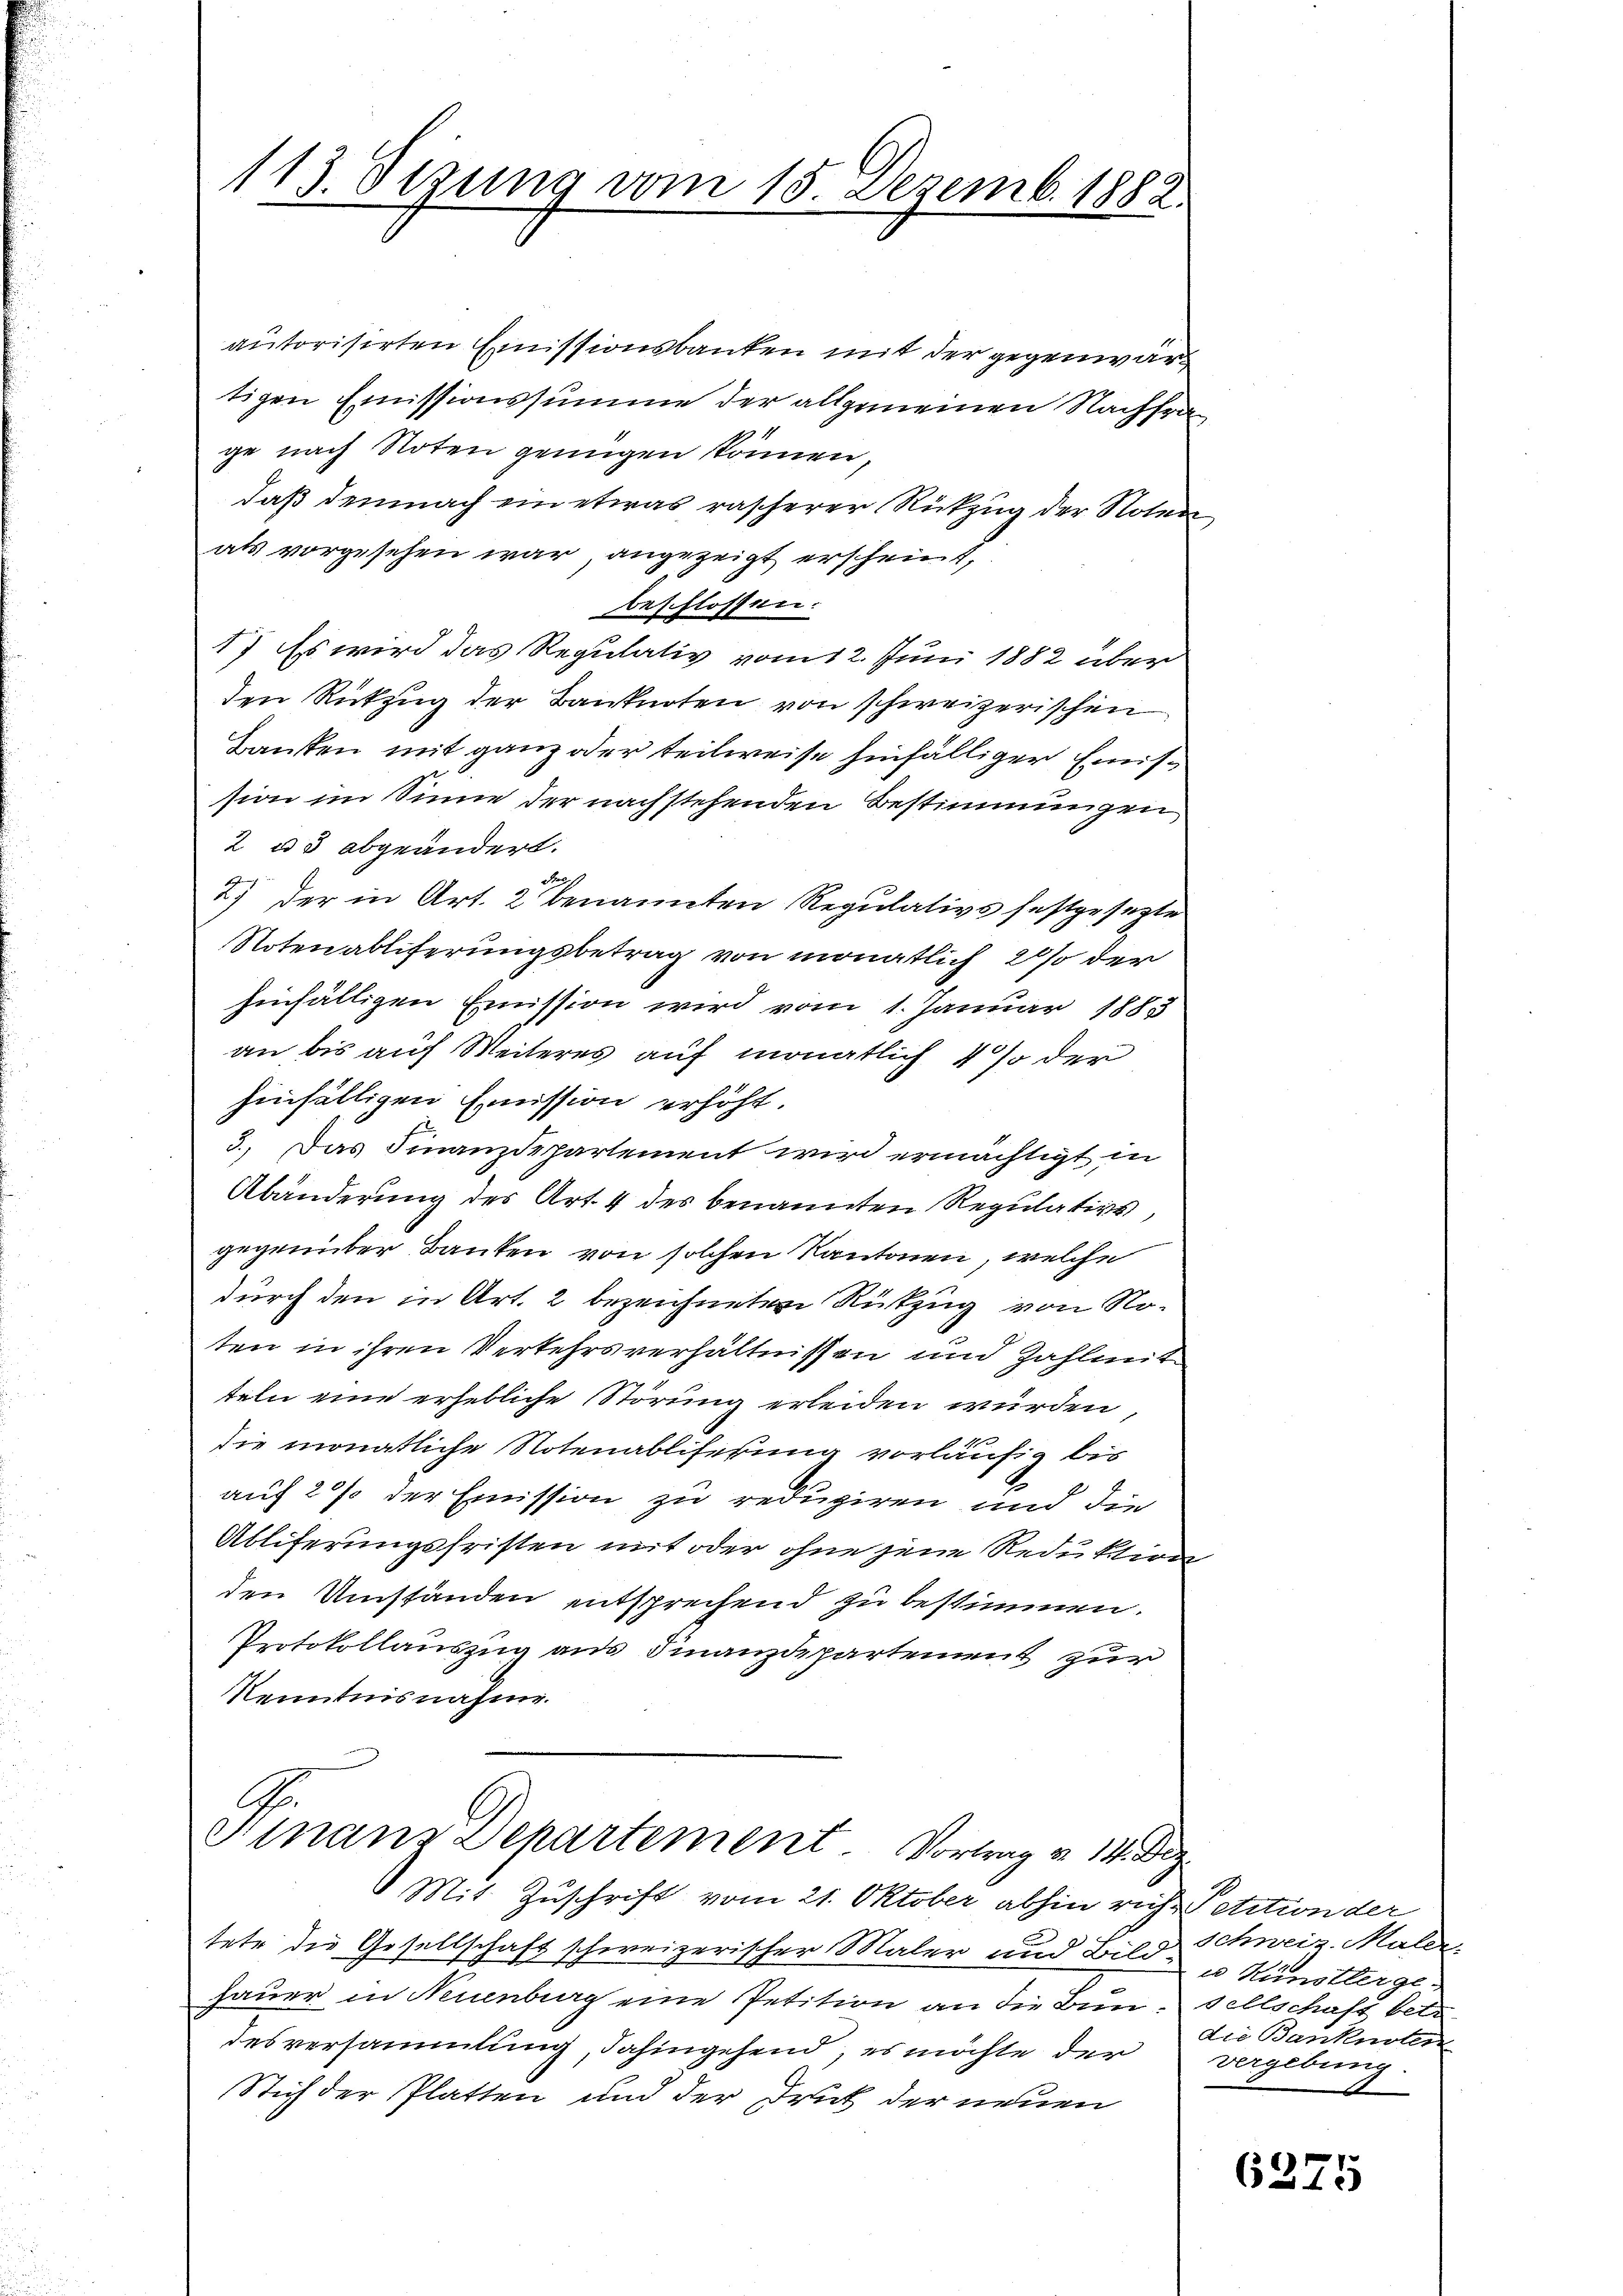
113. Sezung vom 15. Dezemb. 1882.

autorisirten Emissionsbanken mit der gegenwärtigen Emissionssumme der allgemeinen Nachfrage nach Noten genügen können,
daß demnach ein etwas rascherer Rückzug der Noten,
als vorgesehen war, angezeigt erscheint,
beschlossen:
1) Es wird das Regulativ vom 12. Juni 1882 über
den Rückzug der Banknoten von schweizerischen
Danken mit ganz oder teilweise hinfälliger Emission im Sinne der nachstehenden Bestimmungen
2 u 3 abgeändert.
S 1
2) der in Art. 2 benannten Regulativs festgesezte
Notenabliferungsbetrag von monatlich 20% der
hinfälligen Emission wird vom 1. Januar 1883
an bis auf Weiteres auf monatlich 4 % der
hinfälligen Emission erhöht.
3.. Das Finanzdepartement wird ermächtigt in
Abänderung des Art. 4 des benannten Regulative,
gegenüber Banken von solchen Kantonen, welche
durch den in Art. 2 bezeichneten Rückzug von Noten in ihren Verkehrsverhältnissen und Zahlmit
teln eine erhebliche Störung erleiden würden,
die monatliche Notenabliferung vorläufig bis
auf 2 % der Emission zu reduziren und die
Abliferungsfristen mit oder ohne jene Reduktion
den Umständen entsprechend zu bestimmen.
Protokollauszug aus Finanzdepartement zur
Kenntnisnahme.

A
Finanz Departement. Vortrag v. 14. Dez.

Mit Zuschrift vom 21. Oktober abhin richt Petition der
tete die Gesellschaft schweizerischer Maler und Bild Schweiz. Maler,
hauer in Neuenburg eine Petition an die Bun-sellschaft betr
desversammlung, dahingehend, es möchte der
Stich der Platten und der Druck der neuen

u Künstlergedie Banknoten
vergebung.

6275